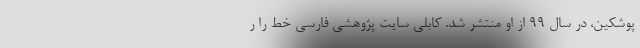
پوشکین، در سال ۹۹ از او منتشر شد. کابلی سایت پژوهشی فارسی خط را ر